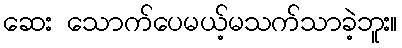
ဆေး သောက်ပေမယ့်မသက်သာခဲ့ဘူး။